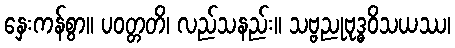
နှေးကန်စွာ။ ပဝတ္တတိ၊ လည်သနည်း။ သဗ္ဗညုဗုဒ္ဓဝိသယဿ၊